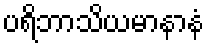
ပရိဘာသိယမာနာနံ